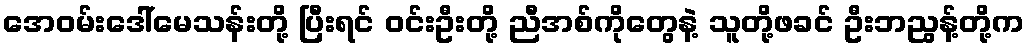
အေဝမ်းဒေါ်မေသန်းတို့ ပြီးရင် ဝင်းဦးတို့ ညီအစ်ကိုတွေနဲ့ သူတို့ဖခင် ဦးဘညွန့်တို့က